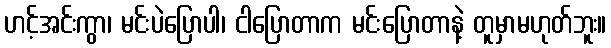
ဟင့်အင်းကွာ၊ မင်းပဲပြောပါ၊ ငါပြောတာက မင်းပြောတာနဲ့ တူမှာမဟုတ်ဘူး။